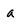
Character: a